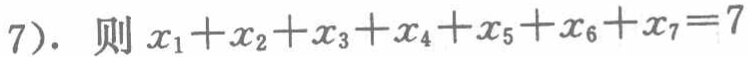
$7).\ 则\ x_{1}+x_{2}+x_{3}+x_{4}+x_{5}+x_{6}+x_{7}=7$